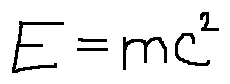
E = m c ^ { 2 }